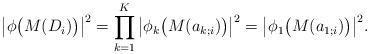
LaTeX: \begin{align*}\big|\phi\big(M(D_i)\big)\big|^2=\prod_{k=1}^K\big|\phi_k\big(M(a_{k;i})\big)\big|^2=\big|\phi_1\big(M(a_{1;i})\big)\big|^2.\end{align*}